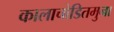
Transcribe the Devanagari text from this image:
कालाचोडितमुना